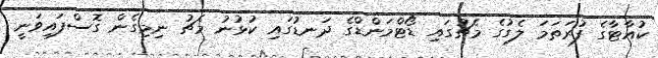
ކުއާޓާގެ ފުރަތަމަ ލެގުގެ މެޗުގައި ޑޯޓްމަންޑްގެ ދަނޑުގައި ކުޅުނު މެޗު ނިމިގެން ގޮސްފައިވަނީ